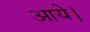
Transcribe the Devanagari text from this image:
आयेे।